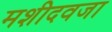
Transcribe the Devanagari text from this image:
मशीदवजा